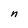
Character: n